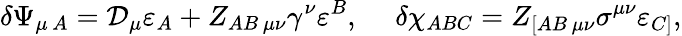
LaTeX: \delta\Psi_{\mu\, A}=\mathcal{D}_{\mu}\varepsilon_{A}+Z_{AB\, \mu\nu}\gamma^{\nu}\varepsilon^{B},\ \ \ \ \ \delta\chi_{ABC}=Z_{[AB\, \mu\nu}\sigma^{\mu\nu}\varepsilon_{C]},